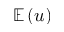
\mathbb E \left( u \right)